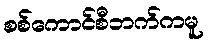
စစ်ကောင်စီဘက်ကမူ